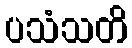
ပသံသတိ